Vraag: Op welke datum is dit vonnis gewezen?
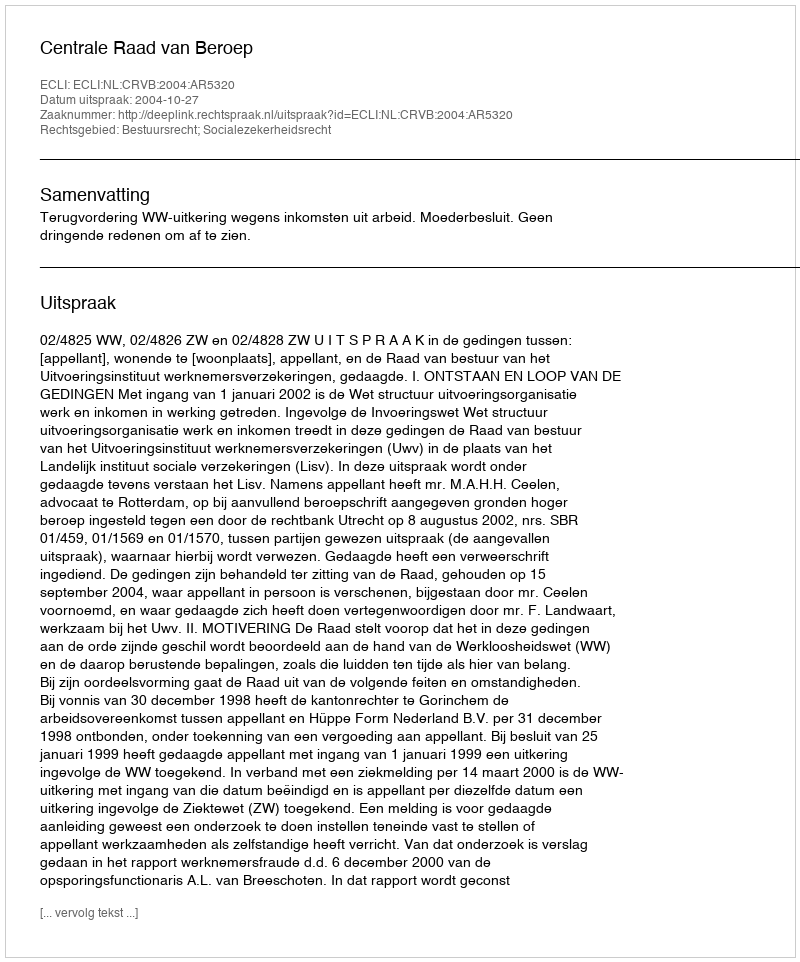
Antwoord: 2004-10-27